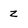
Character: z